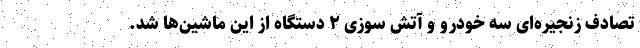
تصادف زنجیره‌ای سه خودرو و آتش سوزی ۲ دستگاه از این ماشین‌ها شد.